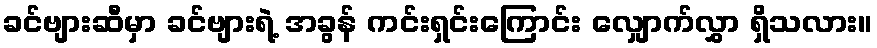
ခင်ဗျားဆီမှာ ခင်ဗျားရဲ့ အခွန် ကင်းရှင်းကြောင်း လျှောက်လွှာ ရှိသလား။